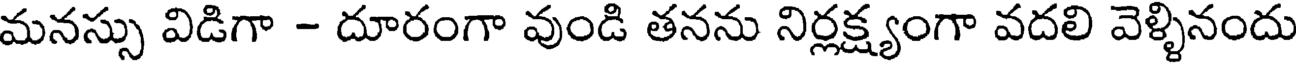
మనస్సు విడిగా - దూరంగా వుండి తనను నిర్లక్ష్యంగా వదలి వెళ్ళినందు